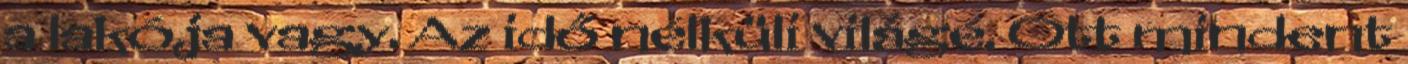
a lakója vagy. Az idő nélküli világé. Ott mindent